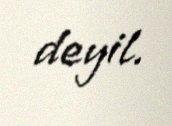
deyil.